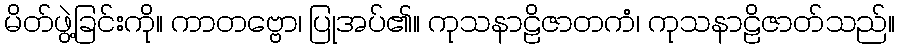
မိတ်ဖွဲ့ခြင်းကို။ ကာတဗ္ဗော၊ ပြုအပ်၏။ ကုသနာဠိဇာတကံ၊ ကုသနာဠိဇာတ်သည်။